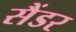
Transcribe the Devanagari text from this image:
सैंडर